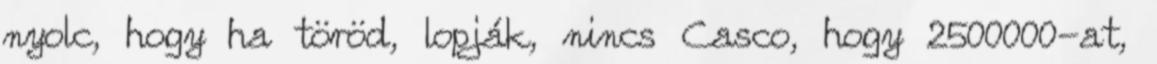
nyolc, hogy ha töröd, lopják, nincs Casco, hogy 2500000-at,